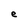
Character: e